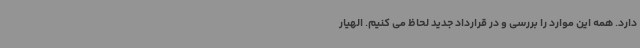
دارد. همه این موارد را بررسی و در قرارداد جدید لحاظ می کنیم. الهیار